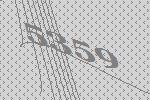
5359